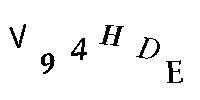
V94HDE